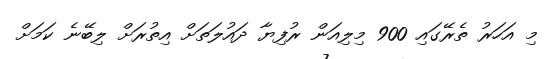
މި އަހަރު ތެރޭގައި 900 މިލިއަން ރުފިޔާ ދައުލަތަށް އިތުރަށް ލިބޭނެ ކަމަށް